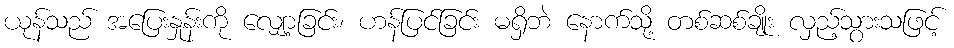
ယုန်သည် အပြေးနှုန်းကို လျှော့ခြင်း၊ ဟန်ပြင်ခြင်း မရှိဘဲ နောက်သို့ တစ်ဆစ်ချိုး လှည့်သွားသဖြင့်